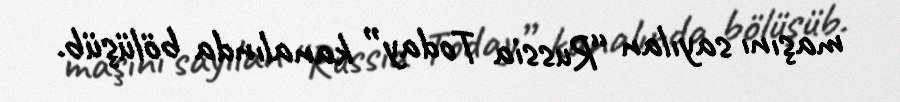
maşını sayılan “Russia Today” kanalında bölüşüb.